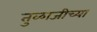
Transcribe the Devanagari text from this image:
तुळाजीच्या